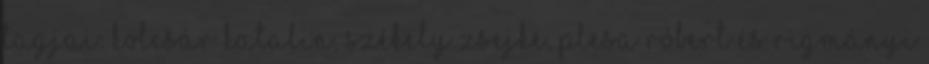
tagjai: Kolcsár Katalin, Székely Zsejke, Plesa Róbert és Rigmányi